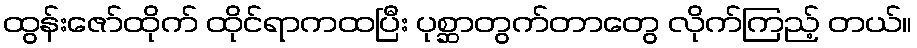
ထွန်းဇော်ထိုက် ထိုင်ရာကထပြီး ပုစ္ဆာတွက်တာတွေ လိုက်ကြည့် တယ်။